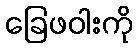
ခြေဖဝါးကို